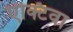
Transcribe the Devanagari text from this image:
एक्टिवा